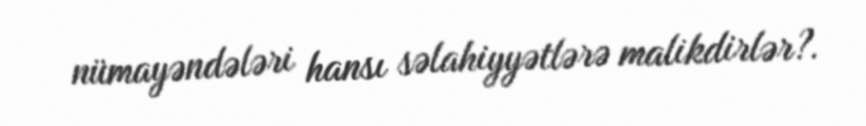
nümayəndələri hansı səlahiyyətlərə malikdirlər?.